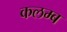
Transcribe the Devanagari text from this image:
कलम्ब